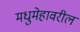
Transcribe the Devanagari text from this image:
मधुमेहावरील